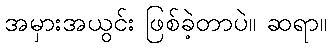
အမှားအယွင်း ဖြစ်ခဲ့တာပဲ။ ဆရာ။